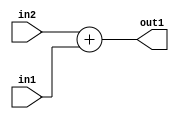
`timescale 1ps / 1ps
/*****************************************************************************
    Verilog RTL Description
    
    
    Created by: Stratus DpOpt 2019.1.01 
*******************************************************************************/

module GaussianFilter_Add_8Ux8U_9U_1 (
	in2,
	in1,
	out1
	); /* architecture "behavioural" */ 
input [7:0] in2,
	in1;
output [8:0] out1;
wire [8:0] asc001;

assign asc001 = 
	+(in2)
	+(in1);

assign out1 = asc001;
endmodule

/* CADENCE  urj2Qww= : u9/ySgnWtBlWxVPRXgAZ4Og= ** DO NOT EDIT THIS LINE ******/